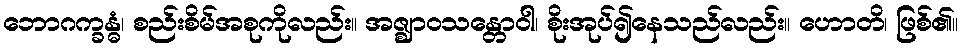
ဘောဂက္ခန္ဓံ၊ စည်းစိမ်အစုကိုလည်း။ အဇ္ဈာဝသန္တောဝါ၊ စိုးအုပ်၍နေသည်လည်း။ ဟောတိ၊ ဖြစ်၏။